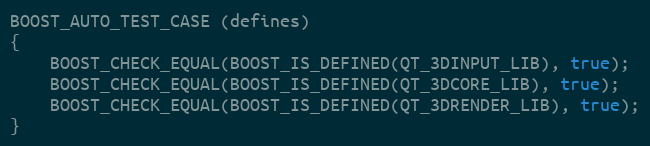
Language: C++
BOOST_AUTO_TEST_CASE (defines)
{
    BOOST_CHECK_EQUAL(BOOST_IS_DEFINED(QT_3DINPUT_LIB), true);
    BOOST_CHECK_EQUAL(BOOST_IS_DEFINED(QT_3DCORE_LIB), true);
    BOOST_CHECK_EQUAL(BOOST_IS_DEFINED(QT_3DRENDER_LIB), true);
}